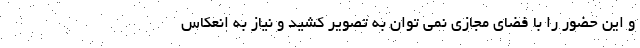
و این حضور را با فضای مجازی نمی توان به تصویر کشید و نیاز به انعکاس